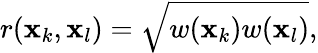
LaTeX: r(\mathbf{x}_{k},\mathbf{x}_{l})=\sqrt{w(\mathbf{x}_{k})w(\mathbf{x}_{l})},